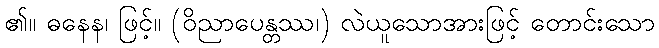
၏။ ဓနေန၊ ဖြင့်။ (ဝိညာပေန္တဿ၊) လဲယူသောအားဖြင့် တောင်းသော